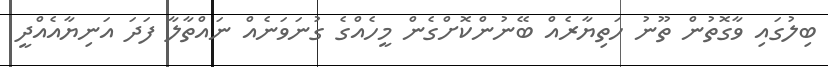
ބިލުގައި ވާގޮތުން ތޫނު ހަތިޔާރެއް ބޭނުންކޮށްގެން މީހެއްގެ ގުނަވަނެއް ނައްތާލާ ފަދަ އަނިޔާއެއްދީ